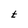
Character: t